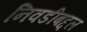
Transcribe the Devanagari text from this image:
निवडीबद्दल